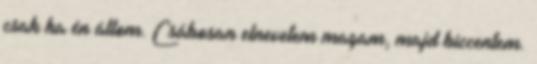
csak ha én állom. Csábosan elnevetem magam, majd biccentem.